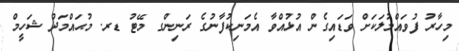
މިހާރު ފުވައްމުލަކަށް ވަޑައިގެން އުޅުއްވާ އެމަނިކުފާނުގެ ރަނިންގ މޭޓު ޑރ. މުޙައްމަދު ޝަހީމް